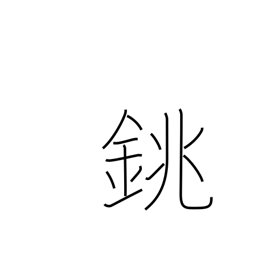
Meaning: sake bottle